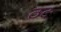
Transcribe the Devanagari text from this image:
ठट